Annual report on the lock hospitals of the Madras Presidency
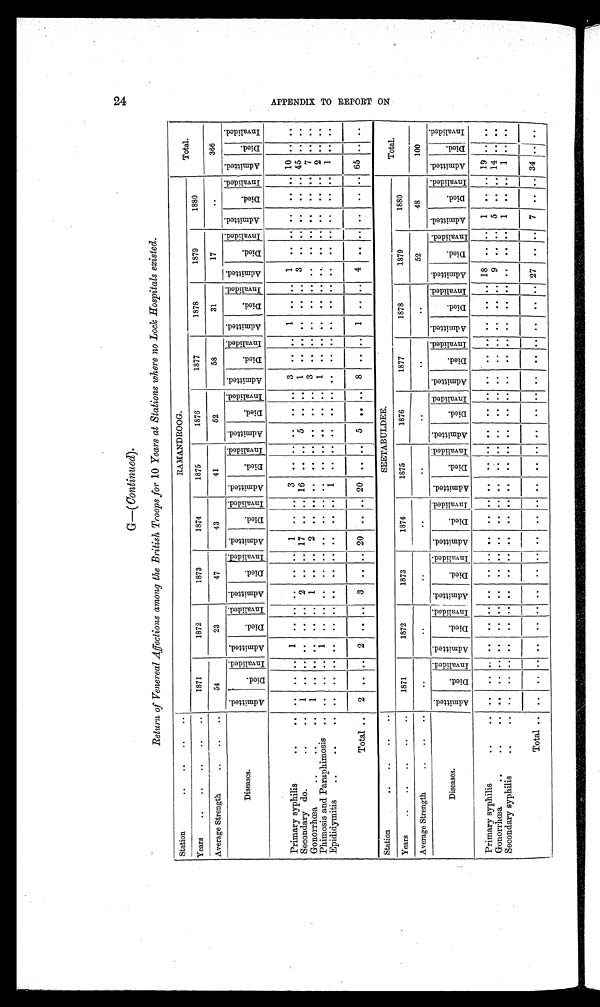
2 4
G— ( Continued) .
Return of Venereal Affections among the British Troops for 10 Years at Stations where no Lock Hospitals existed.
Station
..
..
..
..
RAMANDROOG.
Total.
Years
..
....
..
..
1871
1872
1873
1874
1875
1876
1877
1878
1879
1880
Average Strength
..
..
..
54
23
47
43
41
52
58
31
17
..
366
Diseases.
A d m i t t e d .
D i e d .
I nva l i de d. A d m i t t e d .
D i e d .
I nva l i de d. A d m i t t e d .
D i e d .
I nva l i de d. A d m i t t e d .
D i e d .
I n v a l i d e d . Admi t t e d.
Di e d .
I n v a l i d e d . Admi t t ed.
D i e d .
I nval i ded. A d m i t t e d .
D i e d .
I n v a l i d e d . Admi t t e d.
Died.
I nva l i de d. A d m i t t e d .
D i e d .
I n v a l i d e d . A d m i t t e d .
D i e d .
I n v a l i d e d .
Admi t t e d.
Died.
I nva l i de d.
Primary syphilis
• .. •
. . . .
. . 1
. .
. . . .
. .
. . 1
. .
. .
3
. .
. . . .
. . . . 3
. . .. 1
. . . . 1
. . . . . .
. . . . 10 ..
. .
Secondary do.
..
..
1
. . .. .. .. .. 2 .. .. 17
. .
. . 16
. .
. . 5
. . . . 1
. . ..
. .
. . . . 3
. . . . . .
. . . . 45
. . . .
Gonorrhœa• •
..
..
1
. .
. . . .
. .
. . 1 ..
. . 2
. .
. .
. .
. . . .
. .
. . . . 3
. . . .
. .
. . . .
..
. . . .
. .
. . . . 7
. . . .
Phimosis and Paraphimosis .. .. .. .. 1
. .
. . . .
. .
. . . .
. .
. . . .
. .
. . . .
. . . . 1
. . . .
. .
. . . .
. .
. . . .
. .
. . . .
2 . .
. .
Epididymitis
• .. •
. .
. . . .
. . . .
. .
. .
. .
. .
. .
. .
. .
1
. .
. . ..
. . . .
. .
. . . .
. .
. . . . ..
. . . . . .
. . . . 1
. . . .
Total ..
2 .. .. 2
. .
. . 3
. .
. . 20
. .
. . 20
. .
. . 5
. . . . 8
. . . . 1
. . . . 4
. . . . . .
. . . . 65
. . ..
Station
..
..
..
..
SEETABULDEE.
Total.
Years
..
..
..
..
..
1871
1872
1873
1874
1875
1876
1877
1878
1879
1880
Average Strength
..
..
..
..
..
..
..
..
..
. .
..
52
48
100
Diseases
A d m i t t e d .
D i e d .
I n v a l i d e d .
A d m i t t e d .
D i e d .
I n v a l i d e d .
A d m i t t e d .
D i e d .
I n v a l i d e d . A d m i t t e d .
D i e d .
I n v a l i d e d . Admi t t e d.
Di ed.
I n v a l i d e d . Ad mi t t e d .
Di ed.
I n v a l i d e d .
A d m i t t e d .
Died.
I n v a l i d e d . A d m i t t e d .
Di ed.
I n v a l i d e d . A d m i t t e d .
Died.
I n v a l i d e d . Ad mi t t e d .
Died.
I n v a l i d e d .
Ad mi t t e d .
Di ed.
I n v a l i d e d .
Primary syphilis
• .. •
. . . . ..
. . . .
. . . .
. .
. . . .
. .
. . . .
. .
. . . .
. . . . . .
. .
. . . .
. . . . 18 ..
. . 1
. .
.. 19
. .
. .
Gonorrhœa
• ...
• .
. . . . ..
. . . .
. . . .
. .
. . . .
. .
. . . .
. .
. . . .
. . . . . .
. . . . . .
. . . . 9 ..
. . 5
. . .. 14
. . . .
Secondary syphilis
..
. .
. . . .
. .
. . . .
. .
. . . .
. .
. . . .
. .
. . . .
. . ..
. . . .
. .
. . . .
. . . . . .
. . . . 1 .. .. 1
. . . .
Total ..
. .
. . . .
. .
. . . .
. .
. . . .
. .
. . . .
. .
. . . .
. .
. . . .
. .
. . . .
. .
. . . .
27
. .
. . 7
. . . . 34
. . . .
A P P E N D I X T O R E P O R T O N